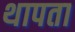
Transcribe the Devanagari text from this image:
थापता